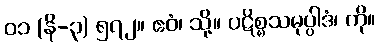
၀၁ (နိ-၃) ၅၇၂။ ဧဝံ၊ သို့။ ပဋိစ္စသမုပ္ပါဒံ၊ ကို။